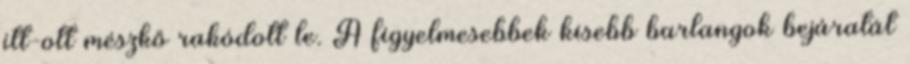
itt-ott mészkő rakódott le. A figyelmesebbek kisebb barlangok bejáratát